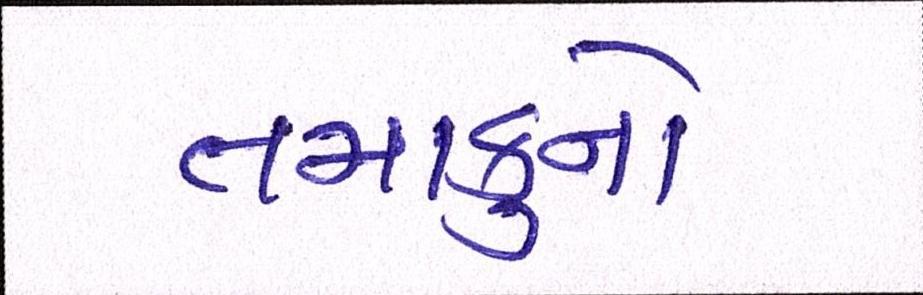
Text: તમાકુનો